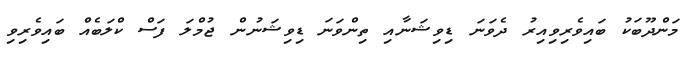
މަންދޫބަކު ބައިވެރިވިއިރު ދެވަނަ ޑިވިޝަނާއި ތިންވަނަ ޑިވިޝަނުން ޖުމްލަ ފަސް ކްލަބެއް ބައިވެރިވި